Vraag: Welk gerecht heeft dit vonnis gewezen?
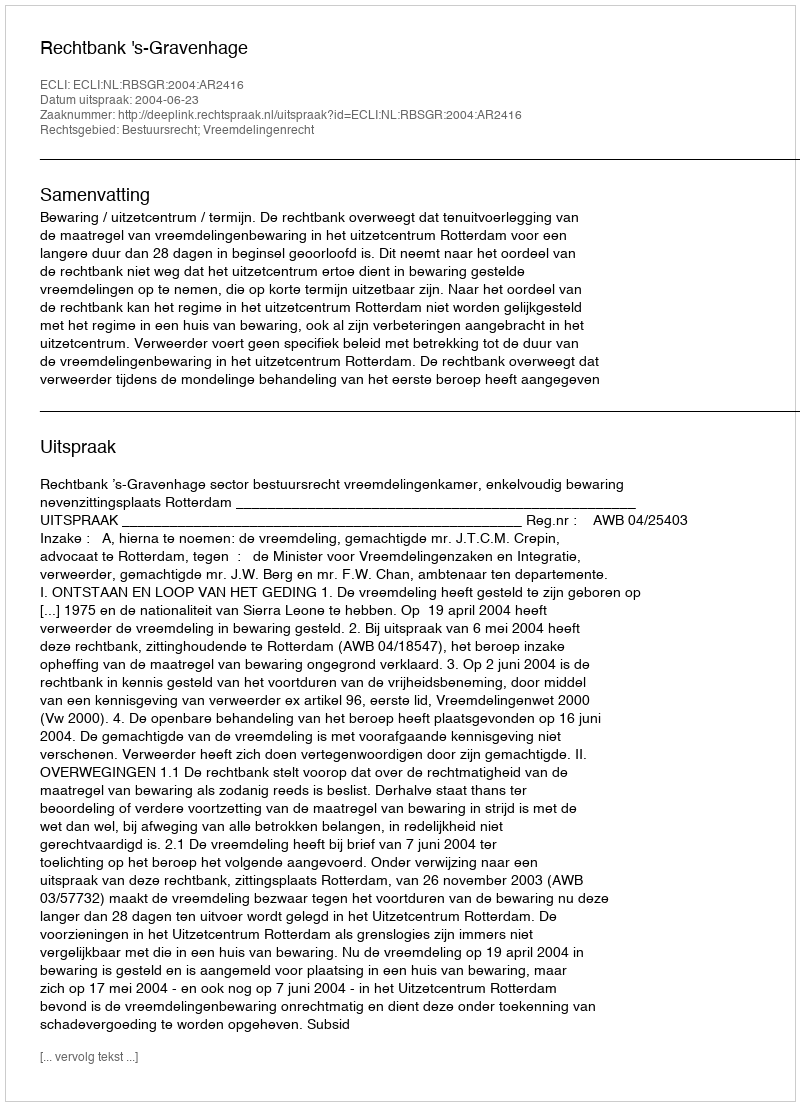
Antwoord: Rechtbank 's-Gravenhage